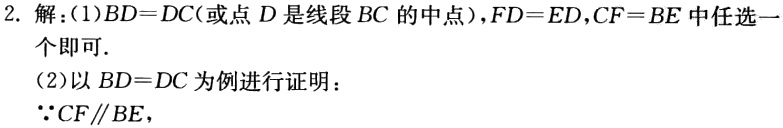
2. 解：(1)$BD = DC$(或点$D$是线段$BC$的中点)，$FD = ED$，$CF = BE$中任选一个即可.
(2)以$BD = DC$为例进行证明：
$\because CF\parallel BE$，